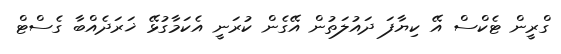
ގްރީން ޓެކްސް އޭ ކިޔާފަ ދައުލަތުން އޭގެން ކުރަނީ އެކަމާގުޅޭ ޚަރަދެއްބާ ގެސްޓް